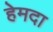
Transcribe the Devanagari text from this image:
हेमदा